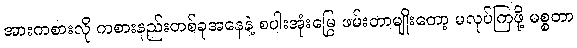
အားကစားလို ကစားနည်းတစ်ခုအနေနဲ့ စပါးအုံးမြွေ ဖမ်းတာမျိုးတော့ မလုပ်ကြဖို့ မစ္စတာ